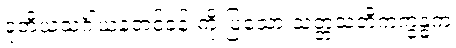
ဒုတိယသင်္ဂါယနတင်ခန်းကို ပြသော သတ္တသတိကက္ခန္ဓက